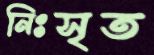
নিঃসৃত